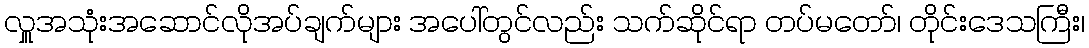
လှူအသုံးအဆောင်လိုအပ်ချက်များ အပေါ်တွင်လည်း သက်ဆိုင်ရာ တပ်မတော်၊ တိုင်းဒေသကြီး၊